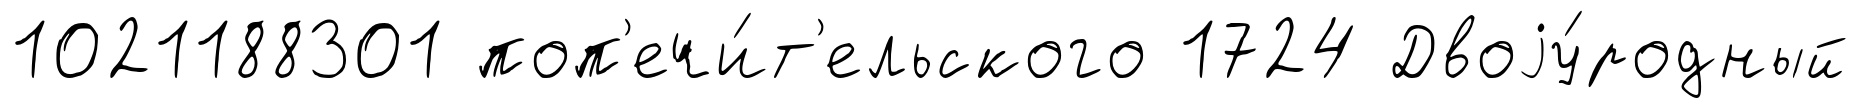
1021188301 поп'ечи́т'ельского 1724 Двоjу́родный